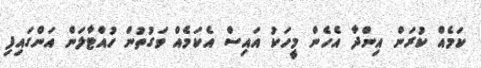
ކަމެއް ކުރަން އިންދާ އެހެން މީހަކު އައިސް އެކަމެއް ވަގުތުން ހުއްޓާލަން އަންގައިފި